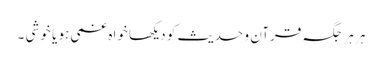
ہر ہر جگہ قرآن و حدیث کو دیکھا خواہ غمی ہو یا خوشی ۔